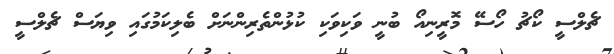
ޗެލްސީ ކޯޗު ހޯސޭ މޮރީނިއޯ ބުނީ ވަކިވަކި ކުޅުންތެރިންނަށް ބެލިކަމުގައި ވިޔަސް ޗެލްސީ